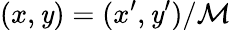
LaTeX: (x,\mathit{y})=(x^{\prime},\mathit{y}^{\prime})/\mathcal{{M}}